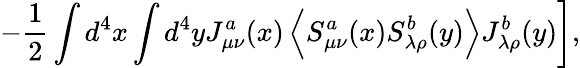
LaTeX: \left.-\frac 12\int d^{4}x\int d^{4}yJ_{\mu\nu}^{a}(x)\left<S_{\mu\nu}^{a}(x)S_{\lambda\rho}^{b}(y)\right>J_{\lambda\rho}^{b}(y)\right],